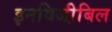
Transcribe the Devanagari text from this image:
इनविजी़बिल